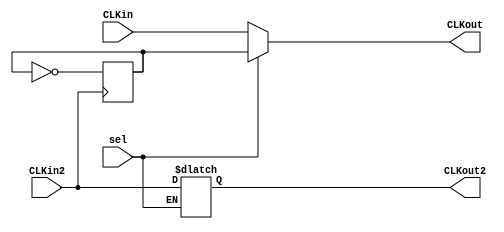
module fp2(CLKin,CLKin2,CLKout,CLKout2,sel);
	input CLKin,CLKin2;
	input sel;
	reg tCLK,tCLK2;
	output reg CLKout,CLKout2;
	
	always @(posedge CLKin)begin
		tCLK=~tCLK;
	end
	
	always @(posedge CLKin2)begin
		tCLK2=~tCLK2;
	end
	
	always @(sel) begin
		if(sel)begin
			CLKout=tCLK;
			CLKout=tCLK2;
		end else begin
			CLKout=CLKin;
			CLKout2=CLKin2;
		end
	end

endmodule